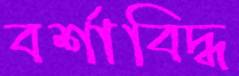
বর্শাবিদ্ধ